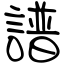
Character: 譜